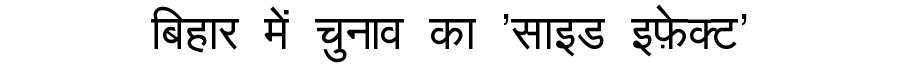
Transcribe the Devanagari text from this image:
बिहार में चुनाव का 'साइड इफ़ेक्ट'